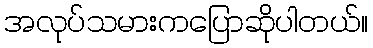
အလုပ်သမားကပြောဆိုပါတယ်။